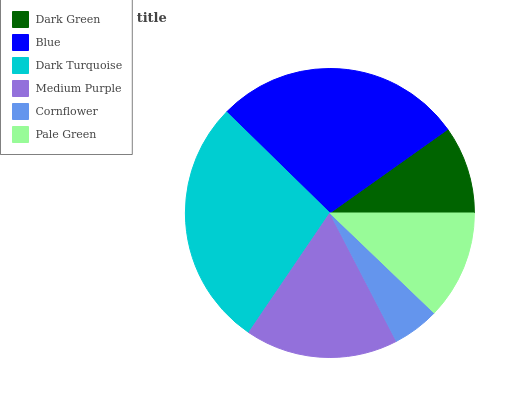
| Dark Green | Blue | Dark Turquoise | Medium Purple | Cornflower | Pale Green |
 | --- | --- | --- | --- | --- | --- |
 | 9.83% | 27.9% | 27.9% | 17% | 5.22% | 12.2% |